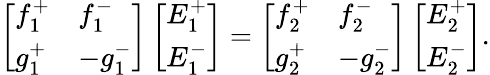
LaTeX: \left[\begin{array}{ll}{f_{1}^{+}}&{f_{1}^{-}}\\ {g_{1}^{+}}&{-g_{1}^{-}}\end{array}\right]\left[\begin{array}{l}{E_{1}^{+}}\\ {E_{1}^{-}}\end{array}\right]=\left[\begin{array}{ll}{f_{2}^{+}}&{f_{2}^{-}}\\ {g_{2}^{+}}&{-g_{2}^{-}}\end{array}\right]\left[\begin{array}{l}{E_{2}^{+}}\\ {E_{2}^{-}}\end{array}\right].